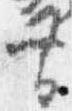
帯